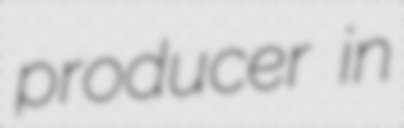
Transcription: producer in